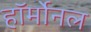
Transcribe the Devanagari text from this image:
हॉर्मोनल